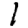
Digit: 1